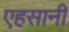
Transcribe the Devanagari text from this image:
एहसानी